Indian journal of veterinary science and animal husbandry - Volume 11,
Year: 1941
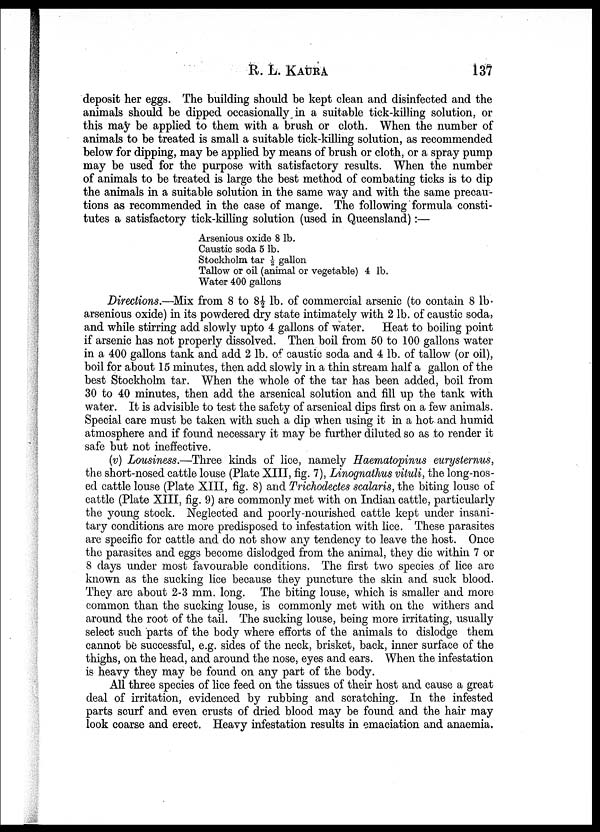
R. L.
KAURA
137
deposit her eggs. The building should be kept clean and disinfected and the
animals should be dipped occasionally in a suitable tick-killing solution, or
this may be applied to them with a brush or cloth. When the number of
animals to be treated is small a suitable tick-killing solution, as recommended
below for dipping, may be applied by means of brush or cloth, or a spray pump
may be used for the purpose with satisfactory results. When the number
of animals to be treated is large the best method of combating ticks is to dip
the animals in a suitable solution in the same way and with the same precau-
tions as recommended in the case of mange. The following formula consti-
tutes a satisfactory tick-killing solution (used in Queensland):—
Arsenious oxide 8 lb.
Caustic soda 5 lb.
Stockholm tar ½ gallon
Tallow or oil (animal or vegetable) 4 lb.
Water 400 gallons
Directions.—Mix from 8 to 8½ lb. of commercial arsenic (to contain 8 lb.
arsenious oxide) in its powdered dry state intimately with 2 lb. of caustic soda,
and while stirring add slowly upto 4 gallons of water. Heat to boiling point
if arsenic has not properly dissolved. Then boil from 50 to 100 gallons water
in a 400 gallons tank and add 2 lb. of caustic soda and 4 lb. of tallow (or oil),
boil for about 15 minutes, then add slowly in a thin stream half a gallon of the
best Stockholm tar. When the whole of the tar has been added, boil from
30 to 40 minutes, then add the arsenical solution and fill up the tank with
water. It is advisible to test the safety of arsenical dips first on a few animals.
Special care must be taken with such a dip when using it in a hot and humid
atmosphere and if found necessary it may be further diluted so as to render it
safe but not ineffective.
(v) Lousiness.—Three kinds of lice, namely Haematopinus eurysternus,
the short-nosed cattle louse (Plate XIII, fig. 7), Linognathus vituli, the long-nos-
ed cattle louse (Plate XIII, fig. 8) and Trichodectes scalaris, the biting louse of
cattle (Plate XIII, fig. 9) are commonly met with on Indian cattle, particularly
the young stock. Neglected and poorly-nourished cattle kept under insani-
tary conditions are more predisposed to infestation with lice. These parasites
are specific for cattle and do not show any tendency to leave the host. Once
the parasites and eggs become dislodged from the animal, they die within 7 or
8 days under most favourable conditions. The first two species of lice are
known as the sucking lice because they puncture the skin and suck blood.
They are about 2-3 mm. long. The biting louse, which is smaller and more
common than the sucking louse, is commonly met with on the withers and
around the root of the tail. The sucking louse, being more irritating, usually
select such parts of the body where efforts of the animals to dislodge them
cannot be successful, e.g. sides of the neck, brisket, back, inner surface of the
thighs, on the head, and around the nose, eyes and ears. When the infestation
is heavy they may be found on any part of the body.
All three species of lice feed on the tissues of their host and cause a great
deal of irritation, evidenced by rubbing and scratching. In the infested
parts scurf and even crusts of dried blood may be found and the hair may
look coarse and erect. Heavy infestation results in emaciation and anaemia.